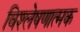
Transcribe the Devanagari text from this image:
विश्‍लेषणात्‍मक